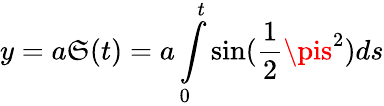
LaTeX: y=a\mathfrak{S}(t)=a\int\limits_{0}^{t}\sin(\frac{{1}}{{2}}\pis^{2})ds